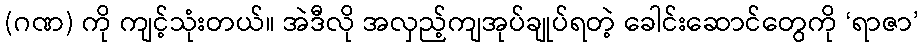
(ဂဏ) ကို ကျင့်သုံးတယ်။ အဲဒီလို အလှည့်ကျအုပ်ချုပ်ရတဲ့ ခေါင်းဆောင်တွေကို ‘ရာဇာ’